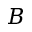
B